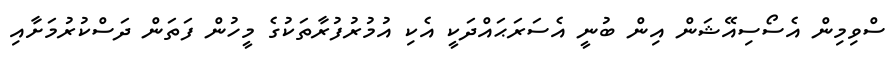
ސްވިމިން އެސޯސިއޭޝަން އިން ބުނީ އެސަރަޙައްދަކީ އެކި އުމުރުފުރާތަކުގެ މީހުން ފަތަން ދަސްކުރުމަށާއި